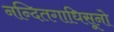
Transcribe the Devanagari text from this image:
नन्दितगाधिसूनो